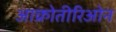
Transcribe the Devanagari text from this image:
आक्रोतीरिओन